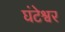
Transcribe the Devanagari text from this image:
घंटेश्वर